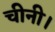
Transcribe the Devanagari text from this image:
चीनी।